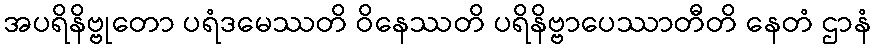
အပရိနိဗ္ဗုတော ပရံဒမေဿတိ ဝိနေဿတိ ပရိနိဗ္ဗာပေဿာတီတိ နေတံ ဌာနံ